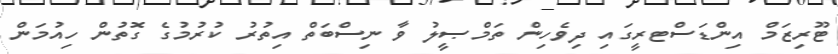
ޓޫރިޒަމް އިންޑަސްޓރީގައި ދިވެހިން ތަމްޞީލު ވާ ނިސްބަތް އިތުރު ކުރުމުގެ ގޮތުން ހިއުމަން